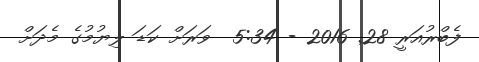
ފެބްރުއަރީ 28